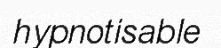
hypnotisable